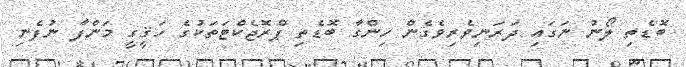
ބޮޑެތި ލޯނު ނަގައި ދަރަނިވެރިވެގެން ހިންގާ ބޮޑެތި ޕްރޮޖެކްޓަތަކުގެ ހަޤީގީ މަންފާ ނުފެނި